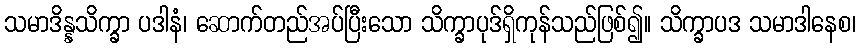
သမာဒိန္နသိက္ခာ ပဒါနံ၊ ဆောက်တည်အပ်ပြီးသော သိက္ခာပုဒ်ရှိကုန်သည်ဖြစ်၍။ သိက္ခာပဒ သမာဒါနေစ၊